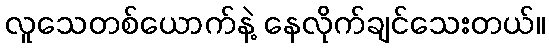
လူသေတစ်ယောက်နဲ့ နေလိုက်ချင်သေးတယ်။